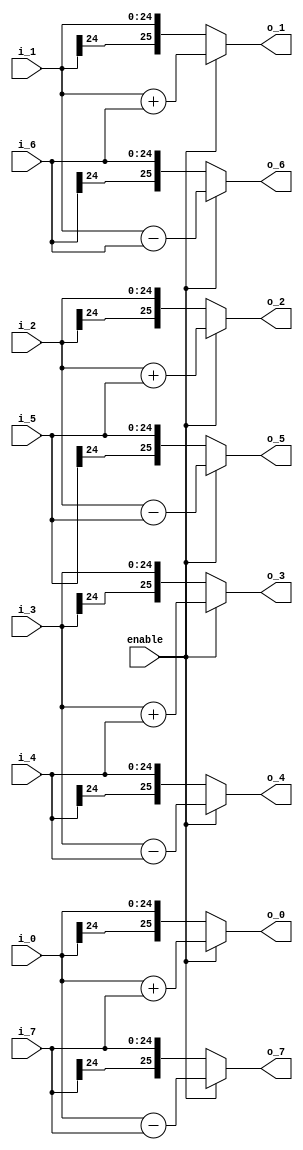
module butterfly_8(
             enable,
                i_0,
                i_1,
                i_2,
                i_3,
                i_4,
                i_5,
                i_6,
                i_7,
                
                o_0,
                o_1,
                o_2,
                o_3,
                o_4,
                o_5,
                o_6,
                o_7
);

// ****************************************************************
//
//	INPUT / OUTPUT DECLARATION
//
// ****************************************************************                

input             enable;
input signed  [24:0] i_0;
input signed  [24:0] i_1;
input signed  [24:0] i_2;
input signed  [24:0] i_3;
input signed  [24:0] i_4;
input signed  [24:0] i_5;
input signed  [24:0] i_6;
input signed  [24:0] i_7;

output signed [25:0] o_0;
output signed [25:0] o_1;
output signed [25:0] o_2;
output signed [25:0] o_3;
output signed [25:0] o_4;
output signed [25:0] o_5;
output signed [25:0] o_6;
output signed [25:0] o_7;

// ****************************************************************
//
//	WIRE DECLARATION
//
// ****************************************************************

wire  signed [25:0]   b_0;
wire  signed [25:0]   b_1;
wire  signed [25:0]   b_2;
wire  signed [25:0]   b_3;
wire  signed [25:0]   b_4;
wire  signed [25:0]   b_5;
wire  signed [25:0]   b_6;
wire  signed [25:0]   b_7;

// ********************************************
//                                             
//    Combinational Logic                      
//                                             
// ********************************************

assign b_0=i_0+i_7;
assign b_1=i_1+i_6;
assign b_2=i_2+i_5;
assign b_3=i_3+i_4;
assign b_4=i_3-i_4;               
assign b_5=i_2-i_5;
assign b_6=i_1-i_6;               
assign b_7=i_0-i_7;

assign o_0=enable?b_0:i_0;
assign o_1=enable?b_1:i_1;
assign o_2=enable?b_2:i_2;
assign o_3=enable?b_3:i_3;
assign o_4=enable?b_4:i_4;
assign o_5=enable?b_5:i_5;
assign o_6=enable?b_6:i_6;
assign o_7=enable?b_7:i_7;


endmodule